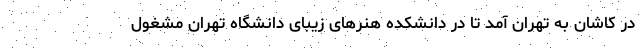
در کاشان به تهران آمد تا در دانشکده هنرهای زیبای دانشگاه تهران مشغول